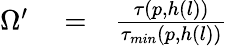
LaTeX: \begin{array}{rlr}{\Omega^{\prime}}&{{}=}&{\frac{\tau(p,h(l))}{\tau_{min}(p,h(l))}}\end{array}